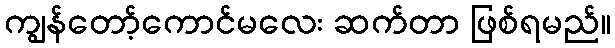
ကျွန်တော့်ကောင်မလေး ဆက်တာ ဖြစ်ရမည်။